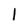
Character: 1